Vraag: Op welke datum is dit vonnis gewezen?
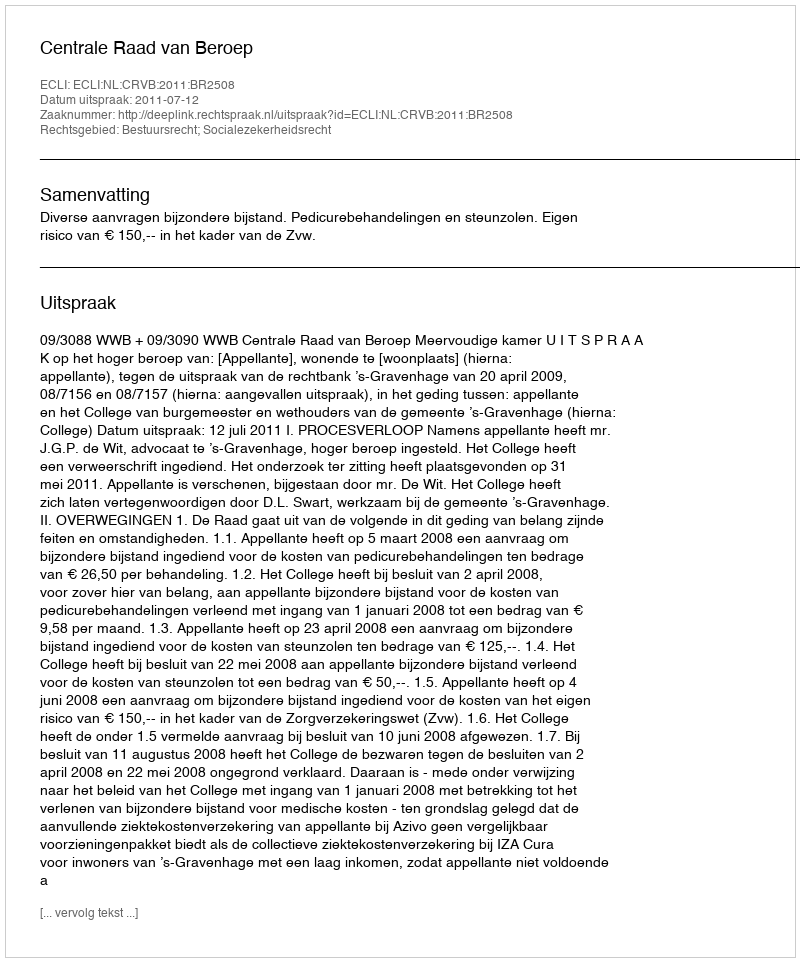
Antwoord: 2011-07-12